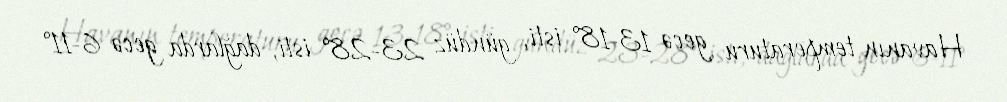
Havanın temperaturu gecə 13-18° isti, gündüz 23-28° isti, dağlarda gecə 6-11°